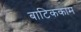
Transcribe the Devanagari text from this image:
बाटिककाम